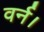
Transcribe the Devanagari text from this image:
वर्न।